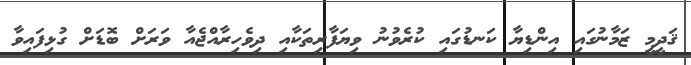
ޤަދީމީ ޒަމާނުގައި އިންޑިޔާ ކަނޑުގައި ކުރެވުނު ވިޔަފާރިތަކާއި ދިވެހިރާއްޖެއާ ވަރަށް ބޮޑަށް ގުޅިފައިވާ